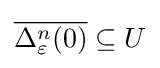
{\overline {\Delta _{\varepsilon }^{n}(0)}}\subseteq U